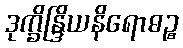
ဒုက္ခိန္ဒြိယနိရောဓဉ္စ